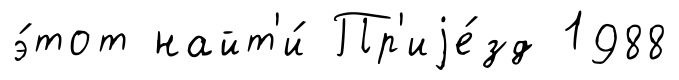
э́тот найт'и́ Пр'иjе́зд 1988